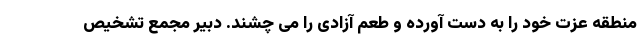
منطقه عزت خود را به دست آورده و طعم آزادی را می چشند. دبیر مجمع تشخیص